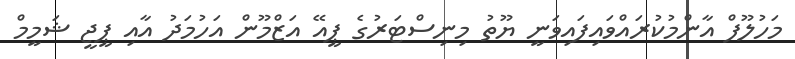
މަހުލޫފް އާންމުކުރައްވައިފައިވަނީ ޔޫތު މިނިސްޓަރުގެ ޕީއޭ އަޒްމޫން އަހުމަދު އާއި ޕީޖީ ޝަމީމް